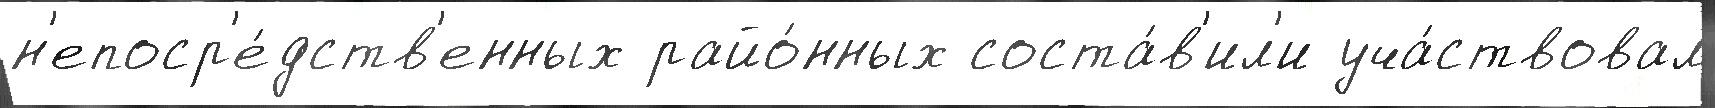
н'епоср'е́дств'енных райо́нных соста́в'ил'и уча́ствовал